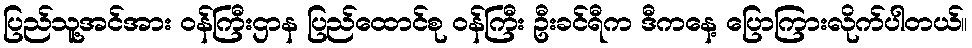
ပြည်သူ့အင်အား ဝန်ကြီးဌာန ပြည်ထောင်စု ဝန်ကြီး ဦးခင်ရီက ဒီကနေ့ ပြောကြားလိုက်ပါတယ်။